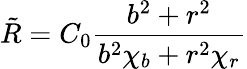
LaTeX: \tilde{R}=C_{0}\frac{b^{2}+r^{2}}{b^{2}\chi_{b}+r^{2}\chi_{r}}